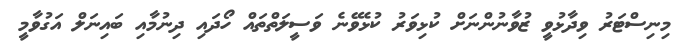
މިނިސްޓަރު ވިދާޅުވީ ޒުވާނުންނަށް ކުޅިވަރު ކުޅެވޭނެ ވަސީލަތްތައް ހޯދައި ދިނުމާއި ބައިނަލް އަގުވާމީ